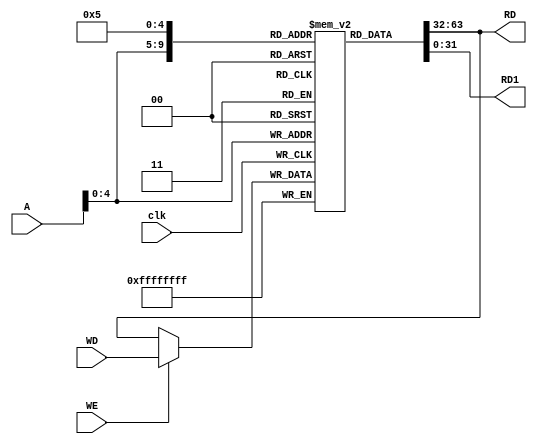
`timescale 1ns/1ps

module DataMem(WD, A, clk, WE, RD, RD1);
    input [13:0] A;  // because this sofware doesn't support 32 bit size address line.
    input [31:0] WD;  //WD - write Data
    input clk;
    input WE;  //write enable
    output [31:0]RD,RD1;
    
    integer i;
    reg [31:0] datamem[0:31];
    reg [31:0] datamem_next;
//    wire [31:0]adr;
//    assign adr = {A[31:2], 2'b00}; // address is 0, 4 , 8 ... each data is 4 bytes long.
    assign RD = datamem[A];   // Async read 
    assign RD1 = datamem[5]; // check for the datat to be stored.
    always @(posedge clk)    // Sync write
    begin
//        if(rst)begin
//                for(i = 0; i <16384; i =i+1)begin
//                    datamem[i] <= 32'b0;
//                end
//        end    
//        else
            datamem[A] <= datamem_next;   // Store the previous value
    end
    
    always@ (*)begin
        if(WE)
            datamem_next = WD;
        else
            datamem_next = datamem[A];
            
    end
    initial   // initializing some values (with a gap of 4)
        begin
            datamem[0] = 32'h9F5D4A6E;
            datamem[4] = 32'he;
            datamem[8] = 32'h0000000a;
            datamem[12] = 32'h0000000a;
            datamem[31] = 32'h00000056;
//            datamem[8192] = 32'h0000000a;
//            datamem[760] = 32'h0000000d;
//              $readmemb("data.mem", datamem);
        end
endmodule